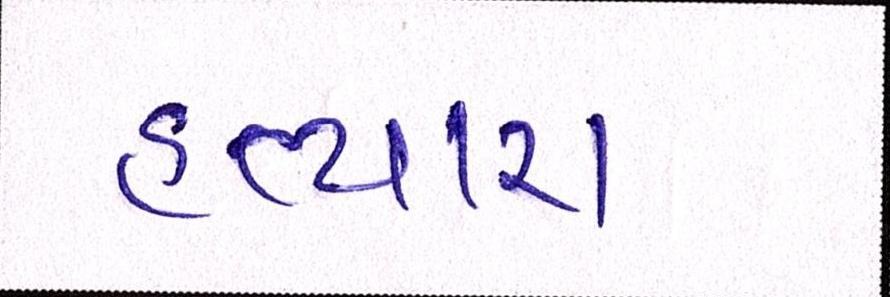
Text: હત્યારા